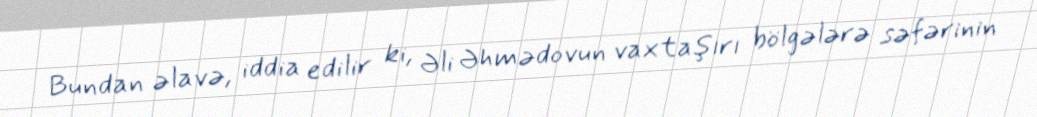
Bundan əlavə, iddia edilir ki, Əli Əhmədovun vaxtaşırı bölgələrə səfərinin